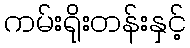
ကမ်းရိုးတန်းနှင့်